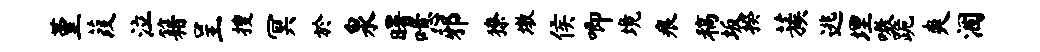
堇葭泣籍呈搜冥於泉曙噫邪獠墩侯唧境痕稿坂揆蔟逃埋嗷跪爽涸